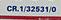
cr.1/32531/0